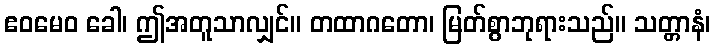
ဧဝမေဝ ခေါ၊ ဤအတူသာလျှင်။ တထာဂတော၊ မြတ်စွာဘုရားသည်။ သတ္တာနံ၊